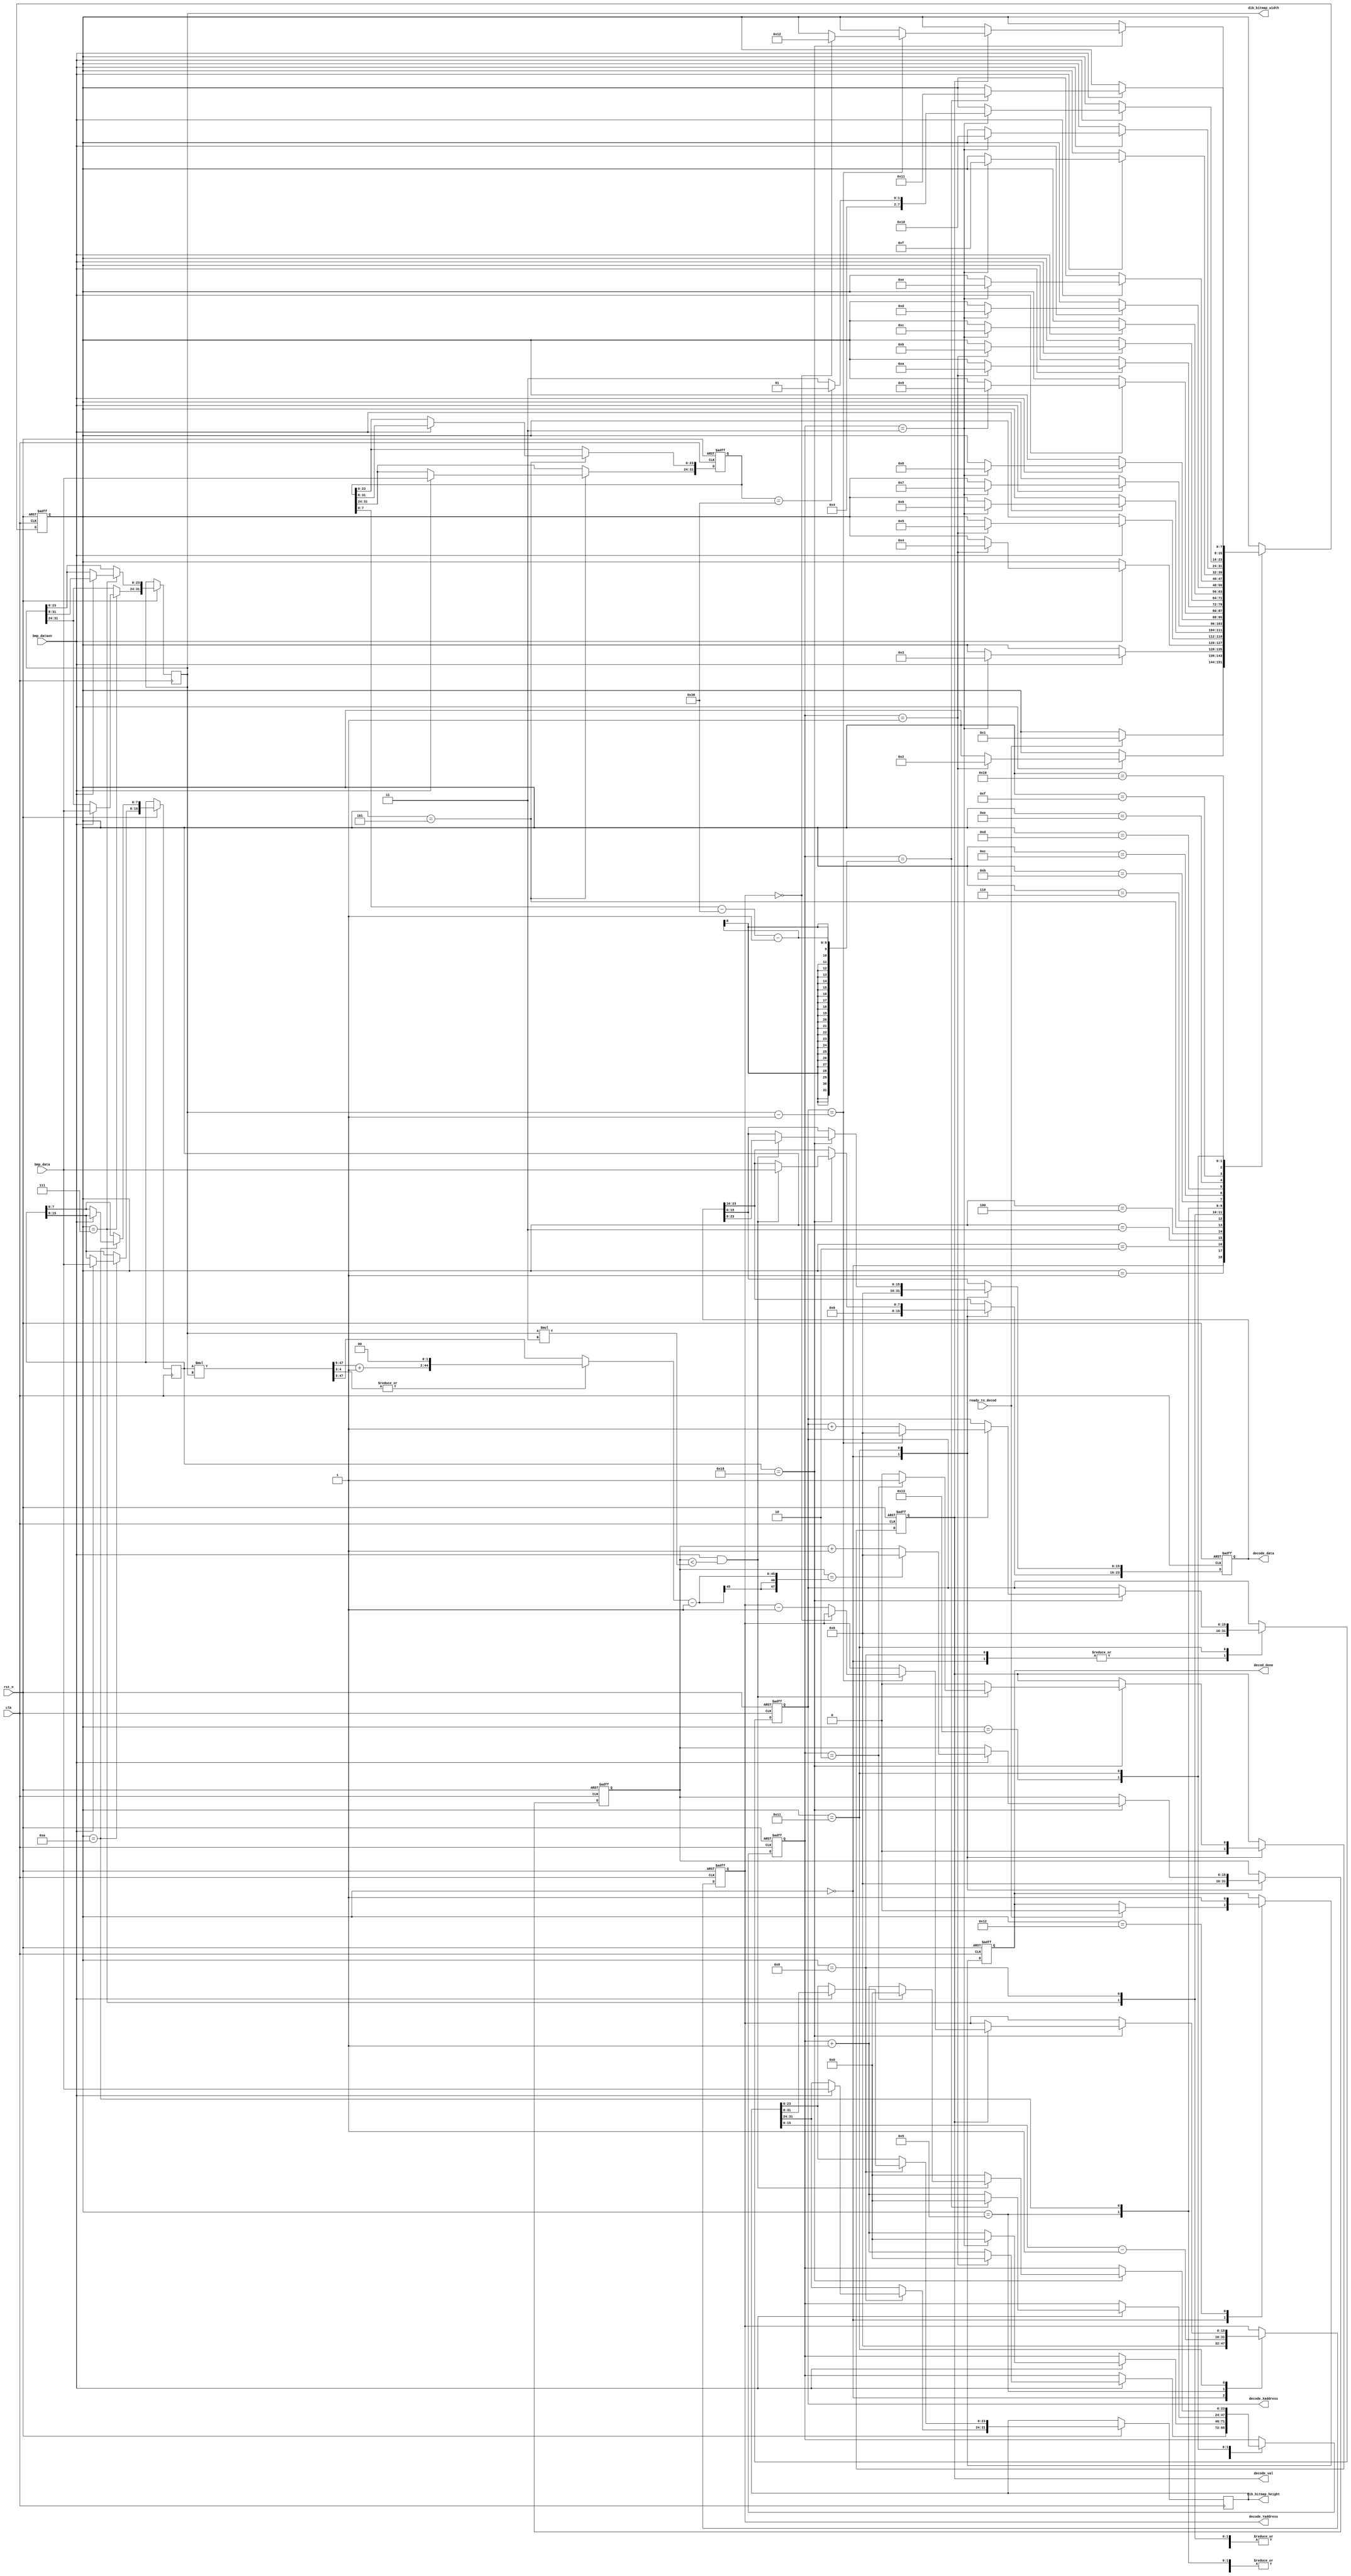
module bmp_decoder(
   input clk,
   input rst_n,
   
   input       bmp_dataen,
   input [7:0] bmp_data,

   input ready_to_decod,

   output reg        decode_val,
   output reg [15:0] decode_Xaddress,
   output reg [15:0] decode_Yaddress,
   output reg [23:0] decode_data,

   output reg [31:0] dib_bitmap_width,
   output reg [31:0] dib_bitmap_height,
   
   output reg decod_done
);

reg [7:0] main_state;
localparam IDLE                      = 8'd0,
           F_TYPE                    = 8'd1,
           F_SIZE                    = 8'd2,
           F_RESERVED1               = 8'd3,
           F_RESERVED2               = 8'd4,
           F_OFFSETBITMAP            = 8'd5,
           DIB_HEADER_SIZE           = 8'd6,
           DIB_BM_WIDTH              = 8'd7,
           DIB_BM_HEIGHT             = 8'd8,
           DIB_NUM_CLOCR_PLANE       = 8'd9,
           DIB_BITS_PER_PIXEL        = 8'd10,
           DIB_COMPRESSION           = 8'd11,
           DIB_IMG_SIZE              = 8'd12,
           DIB_XPIXEL_NUM_PER_METER  = 8'd13,
           DIB_VPIXEL_NUM_PER_METER  = 8'd14,
           DIB_NUM_COLOR_PALETTE     = 8'd15,
           DIB_NUM_IMP_COLOR         = 8'd16,
           COLOR_TABLE               = 8'd17,
           DECODE_DONE               = 8'd18,
           COLOR_PLATE               = 8'd19;




reg [23:0] opt_cnt;
/*00 - 01*/reg [15:0] bmp_file_type; // BM BA CI CP IC PT
/*02 - 05*/reg [31:0] bmp_file_size; //
/*06 - 07*/reg [15:0] bmp_reserved1; // Reserve 
/*08 - 09*/reg [15:0] bmp_reserved2; // Reserve 
/*0A - 0D*/reg [31:0] bmp_bitmap_offset;
/*0E - 11*/reg [31:0] dib_size; //Bitmap Header Size
///*12 - 15*/reg [31:0] dib_bitmap_width; //the bitmap width in pixels (signed integer) 
///*16 - 19*/reg [31:0] dib_bitmap_height; //the bitmap height in pixels (signed integer) 
/*1A - 1B*/reg [15:0] dib_num_clocr_plane; //The number of color planes, must be 1 
/*1C - 1D*/reg [15:0] dib_bits_per_pixel; // the number of bits per pixel, which is the color depth of the image. Typical values are 1, 4, 8, 16, 24 and 32.
/*1E - 21*/reg [31:0] dib_cpmpression; //the compression method being used. See the next table for a list of possible values 
/*22 - 25*/reg [31:0] dib_img_size; // the image size. This is the size of the raw bitmap data; a dummy 0 can be given for BI_RGB bitmaps. 
/*26 - 29*/reg [31:0] dib_hpixel_num_per_meter; // the horizontal resolution of the image. (pixel per metre, signed integer) 
/*2A - 2D*/reg [31:0] dib_vpixel_num_per_meter; // the vertical resolution of the image. (pixel per metre, signed integer) 
/*2E - 31*/reg [31:0] dib_num_color_palette; //  	the number of colors in the color palette, or 0 to default to 2n
/*32 - 35*/reg [31:0] dib_num_imp_color; // the number of important colors used, or 0 when every color is important; generally ignored 


wire [47:0] bitmap_width_size_w;
wire [47:0] bitmap_width_size;

wire [7:0] color_plate_size;

reg [15:0] h_cnt;

assign bitmap_width_size_w = dib_bits_per_pixel * dib_bitmap_width;
assign bitmap_width_size   = |bitmap_width_size_w[4:3]? {bitmap_width_size_w[47:5] + 1'd1, 2'd0}: bitmap_width_size_w[47:3];
assign color_plate_size    = bmp_bitmap_offset - 16'd54;


always @(posedge clk, negedge rst_n) begin 
   if(rst_n == 1'd0) begin 
      opt_cnt       <= 24'd0;
      main_state <= IDLE;
      bmp_file_type <= 16'd0;
      bmp_file_size <= 32'd0;
      bmp_reserved1 <= 16'd0;
      bmp_reserved2 <= 16'd0;
      bmp_bitmap_offset <= 32'd0;
      
      decode_val     <= 1'd0;
      decode_Xaddress <= 16'd0;
      decode_Yaddress <= 16'd0;
      decode_data    <= 24'd0;
      decod_done <= 1'd0;
      
      h_cnt      <= 16'd0;

   end 
   else begin 
      case(main_state)
         IDLE: begin 
            if(ready_to_decod) begin 
               main_state <= F_TYPE;
                decod_done <= 1'd0;
            end 
            
            decode_val      <= 1'd0;
            decode_Xaddress <= 16'd0;
            decode_Yaddress <= 16'd0;
            decode_data     <= 24'd0;
            
            h_cnt           <= 16'd0;
         end 
         F_TYPE: begin 
            if(bmp_dataen) begin 
                if(opt_cnt == 24'd1) begin 
                    main_state <= F_SIZE;
                    opt_cnt    <= 24'd0;
                end 
                else begin 
                    opt_cnt <= opt_cnt + 24'd1;
                end 

                bmp_file_type[7:0]  <= bmp_data;
                bmp_file_type[15:8] <= bmp_file_type[7:0];
            end 
            else begin 
                opt_cnt <= opt_cnt;
                bmp_file_type <= bmp_file_type;
            end 
         end 
         F_SIZE: begin 
            
            if(bmp_dataen) begin 
                if(opt_cnt == 24'd3) begin 
                    main_state <= F_RESERVED1;
                    opt_cnt    <= 24'd0;
                    
                    $display("ID field:%c%c", bmp_file_type[15:8], bmp_file_type[7:0]);
                    
                end 
                else begin 
                    opt_cnt <= opt_cnt + 24'd1;
                end 
    
                bmp_file_size[31:24]  <= bmp_data;
                bmp_file_size[23:0] <= bmp_file_size[31:8];
            end 
            else begin 
                opt_cnt <= opt_cnt;
                bmp_file_size <= bmp_file_size;
            end 
         end 
         F_RESERVED1: begin 
            if(bmp_dataen) begin 
                if(opt_cnt == 24'd1) begin 
                    main_state <= F_RESERVED2;
                    opt_cnt    <= 24'd0;
                    
                    $display("The size of the BMP file in bytes:%8d", bmp_file_size);
                    
                end 
                else begin 
                    opt_cnt <= opt_cnt + 24'd1;
                end 
    
                bmp_reserved1[15:8]  <= bmp_data;
                bmp_reserved1[7:0] <= bmp_reserved1[15:8];
            end 
            else begin 
                opt_cnt <= opt_cnt;
                bmp_reserved1 <= bmp_reserved1;
            end 
         end 
         F_RESERVED2: begin 
            if(bmp_dataen) begin 
                if(opt_cnt == 24'd1) begin 
                    main_state <= F_OFFSETBITMAP;
                    opt_cnt    <= 24'd0;

                    $display("Reserved 1");

                end 
                else begin 
                    opt_cnt <= opt_cnt + 24'd1;
                end 
    
                bmp_reserved2[15:8]  <= bmp_data;
                bmp_reserved2[7:0] <= bmp_reserved2[15:8];
            end 
            else begin 
                opt_cnt <= opt_cnt;
                bmp_reserved2 <= bmp_reserved2;
            end 
         end 
         F_OFFSETBITMAP: begin 
            if(bmp_dataen) begin 
                if(opt_cnt == 24'd3) begin 
                    main_state <= DIB_HEADER_SIZE;
                    opt_cnt    <= 24'd0;

                    $display("Reserved 2");

                end 
                else begin 
                    opt_cnt <= opt_cnt + 24'd1;
                end 

                bmp_bitmap_offset[31:24]  <= bmp_data;
                bmp_bitmap_offset[23:0] <= bmp_bitmap_offset[31:8];
            end 
            else begin 
                opt_cnt <= opt_cnt;
                bmp_bitmap_offset <= bmp_bitmap_offset;
            end 
         end 
         DIB_HEADER_SIZE: begin 
            if(bmp_dataen) begin 
                if(opt_cnt == 24'd3) begin 
                    main_state <= DIB_BM_WIDTH;
                    opt_cnt    <= 24'd0;

                    $display("BMP Starting address:%4d", bmp_bitmap_offset);

                end 
                else begin 
                    opt_cnt <= opt_cnt + 24'd1;
                end 

                dib_size[31:24]  <= bmp_data;
                dib_size[23:0]   <= dib_size[31:8];
            end 
            else begin 
                opt_cnt <= opt_cnt;
                dib_size <= dib_size;
            end 
         end 
         DIB_BM_WIDTH: begin 
            if(bmp_dataen) begin 
                if(opt_cnt == 24'd3) begin 
                    main_state <= DIB_BM_HEIGHT;
                    opt_cnt    <= 24'd0;

                    $display("bitmap information header size:%4d", dib_size);

                end 
                else begin 
                    opt_cnt <= opt_cnt + 24'd1;
                end 

                dib_bitmap_width[31:24]  <= bmp_data;
                dib_bitmap_width[23:0]   <= dib_bitmap_width[31:8];
            end 
            else begin 
                opt_cnt <= opt_cnt;
                dib_bitmap_width <= dib_bitmap_width;
            end 
         end 
         DIB_BM_HEIGHT: begin 
            //decode_Xaddress <= dib_bitmap_width - 1;
            decode_Xaddress <= 16'd0;

            if(bmp_dataen) begin 
                if(opt_cnt == 24'd3) begin 
                    main_state <= DIB_NUM_CLOCR_PLANE;
                    opt_cnt    <= 24'd0;
                    
                    $display("bitmap width:%4d", dib_bitmap_width);

                end 
                else begin 
                    opt_cnt <= opt_cnt + 24'd1;
                end 

                dib_bitmap_height[31:24]  <= bmp_data;
                dib_bitmap_height[23:0]   <= dib_bitmap_height[31:8];
            end 
            else begin 
                opt_cnt <= opt_cnt;
                dib_bitmap_height <= dib_bitmap_height;
            end 
         end 
         DIB_NUM_CLOCR_PLANE: begin 
            decode_Yaddress <= dib_bitmap_height - 1;

            if(bmp_dataen) begin 
                if(opt_cnt == 24'd1) begin 
                    main_state <= DIB_BITS_PER_PIXEL;
                    opt_cnt    <= 24'd0;

                    $display("Bitmap hight:%4d", dib_bitmap_height);

                end 
                else begin 
                    opt_cnt <= opt_cnt + 24'd1;
                end 

                dib_num_clocr_plane[15:8]  <= bmp_data;
                dib_num_clocr_plane[7:0]   <= dib_num_clocr_plane[15:8];
            end 
            else begin 
                opt_cnt <= opt_cnt;
                dib_num_clocr_plane <= dib_num_clocr_plane;
            end 
         end 
         DIB_BITS_PER_PIXEL: begin 
            if(bmp_dataen) begin 
                if(opt_cnt == 24'd1) begin 
                    main_state <= DIB_COMPRESSION;
                    opt_cnt    <= 24'd0;

                    $display("The number of color planes:%4d", dib_num_clocr_plane);

                end 
                else begin 
                    opt_cnt <= opt_cnt + 24'd1;
                end 

                dib_bits_per_pixel[15:8]  <= bmp_data;
                dib_bits_per_pixel[7:0]   <= dib_bits_per_pixel[15:8];
            end 
            else begin 
                opt_cnt <= opt_cnt;
                dib_bits_per_pixel <= dib_bits_per_pixel;
            end
         end        
         DIB_COMPRESSION: begin 
            if(bmp_dataen) begin 
                if(opt_cnt == 24'd3) begin 
                    main_state <= DIB_IMG_SIZE;
                    opt_cnt    <= 24'd0;

                    $display("The number of bits per pixel:%4d", dib_bits_per_pixel);

                end 
                else begin 
                    opt_cnt <= opt_cnt + 24'd1;
                end 

                dib_cpmpression[31:24]  <= bmp_data;
                dib_cpmpression[23:0]   <= dib_cpmpression[31:8];
            end 
            else begin 
                opt_cnt <= opt_cnt;
                dib_cpmpression <= dib_cpmpression;
            end 
         end            
         DIB_IMG_SIZE: begin 
            if(bmp_dataen) begin 
                if(opt_cnt == 24'd3) begin 
                    main_state <= DIB_XPIXEL_NUM_PER_METER;
                    opt_cnt    <= 24'd0;

                    $display("The compression method:%4d", dib_cpmpression);

                end 
                else begin 
                    opt_cnt <= opt_cnt + 24'd1;
                end 

                dib_img_size[31:24]  <= bmp_data;
                dib_img_size[23:0]   <= dib_img_size[31:8];
            end 
            else begin 
                opt_cnt <= opt_cnt;
                dib_img_size <= dib_img_size;
            end 
         end               
         DIB_XPIXEL_NUM_PER_METER: begin 
            if(bmp_dataen) begin 
                if(opt_cnt == 24'd3) begin 
                    main_state <= DIB_VPIXEL_NUM_PER_METER;
                    opt_cnt    <= 24'd0;

                    $display("The image size:%4d", dib_img_size);

                end 
                else begin 
                    opt_cnt <= opt_cnt + 24'd1;
                end 

                dib_hpixel_num_per_meter[31:24]  <= bmp_data;
                dib_hpixel_num_per_meter[23:0]   <= dib_hpixel_num_per_meter[31:8];
            end 
            else begin 
                opt_cnt <= opt_cnt;
                dib_hpixel_num_per_meter <= dib_hpixel_num_per_meter;
            end
         end 
         DIB_VPIXEL_NUM_PER_METER: begin 
            if(bmp_dataen) begin 
                if(opt_cnt == 24'd3) begin 
                    main_state <= DIB_NUM_COLOR_PALETTE;
                    opt_cnt    <= 24'd0;

                    $display("The horizontal resolution of the image:%4d", dib_hpixel_num_per_meter);

                end 
                else begin 
                    opt_cnt <= opt_cnt + 24'd1;
                end 

                dib_vpixel_num_per_meter[31:24]  <= bmp_data;
                dib_vpixel_num_per_meter[23:0]   <= dib_vpixel_num_per_meter[31:8];
            end 
            else begin 
                opt_cnt <= opt_cnt;
                dib_vpixel_num_per_meter <= dib_vpixel_num_per_meter;
            end
         end   
         DIB_NUM_COLOR_PALETTE: begin 
            if(bmp_dataen) begin 
                if(opt_cnt == 24'd3) begin 
                    main_state <= DIB_NUM_IMP_COLOR;
                    opt_cnt    <= 24'd0;

                    $display("The vertical resolution of the image:%4d", dib_vpixel_num_per_meter);

                end 
                else begin 
                    opt_cnt <= opt_cnt + 24'd1;
                end 

                dib_num_color_palette[31:24]  <= bmp_data;
                dib_num_color_palette[23:0]   <= dib_num_color_palette[31:8];
            end 
            else begin 
                opt_cnt <= opt_cnt;
                dib_num_color_palette <= dib_num_color_palette;
            end
         end      
         DIB_NUM_IMP_COLOR: begin 
            if(bmp_dataen) begin 
                if(opt_cnt == 24'd3) begin 
                    //main_state <= DIB_NUM_IMP_COLOR;
                    opt_cnt    <= 24'd0;
                    $display("The number of colors in the color palette:%4d", dib_num_color_palette);
                    if(bmp_bitmap_offset == 32'd54) begin 
                        main_state <= COLOR_TABLE;
                    end 
                    else begin 
                        main_state <= COLOR_PLATE;
                    end                    
                end 
                else begin 
                    opt_cnt <= opt_cnt + 24'd1;
                end 

                dib_num_imp_color[31:24]  <= bmp_data;
                dib_num_imp_color[23:0]   <= dib_num_imp_color[31:8];
            end 
            else begin 
                opt_cnt <= opt_cnt;
                dib_num_imp_color <= dib_num_imp_color;
            end
         end 
         COLOR_PLATE:  begin 
            if(bmp_dataen) begin 
                if(opt_cnt == color_plate_size-1) begin 
                    main_state <= COLOR_TABLE;
                    opt_cnt    <= 24'd0;
                end 
                else begin 
                    opt_cnt <= opt_cnt + 24'd1;
                end 
            end 
            else begin 
                opt_cnt <= opt_cnt;
            end 
         
         end 
         COLOR_TABLE: begin 
            case(dib_bits_per_pixel)
                16'd1: begin 

                end 
                16'd2: begin 

                end 
                16'd8: begin 

                end 
                16'd16: begin 

                end 
                16'd24: begin 
                
                    if(bmp_dataen) begin 
                        if(h_cnt == bitmap_width_size - 1) begin 
                            h_cnt <= 48'd0;
                        end 
                        else begin 
                            h_cnt <= h_cnt + 1'd1;
                        end 
                    end 
                    else begin 
                        h_cnt <= h_cnt;
                    end 
                
                    if((bmp_dataen == 1'd1) && (h_cnt < dib_bitmap_width * 3)) begin 
                        
                        if(opt_cnt == 24'd2) begin 
                            opt_cnt    <= 24'd0;
                            decode_val     <= 1'd1;
                        end 
                        else begin 
                            decode_val     <= 1'd0;
                            opt_cnt <= opt_cnt + 24'd1;
                        end 

                        decode_data[23:16]  <= bmp_data;
                        decode_data[15:0]   <= decode_data[23:8];
                    end 
                    else begin 
                        opt_cnt    <= 24'd0;
                        decode_val <= 1'd0;
                    end


                    if(decode_val == 1'd1) begin    
                        if(decode_Xaddress == dib_bitmap_width - 1) begin 
                            decode_Xaddress <= 16'd0;

                            if(decode_Yaddress == 16'd0) begin 
                                main_state <= DECODE_DONE;
                                
                            end 
                            else begin 
                                decode_Yaddress <= decode_Yaddress - 16'd1;
                            end 
                        end 
                        else begin 
                            decode_Xaddress <= decode_Xaddress + 16'd1;
                        end 
                        
                        $display("AddressX:%3d AddressY:%3d  R:%2h  G:%2h  B:%2h", decode_Xaddress,decode_Yaddress, decode_data[23:16], decode_data[15:8], decode_data[7:0]);
                    end  
                    else begin 
                        decode_Xaddress <= decode_Xaddress;
                        decode_Yaddress <= decode_Yaddress;
                    end 

                end 
                16'd32: begin 
                    
                end 


            endcase  


         end          
         DECODE_DONE: begin 
            //$stop;
            decod_done <= 1'd1;
         end 
      endcase 
   end 
end 

endmodule